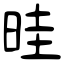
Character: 晆